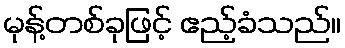
မုန့်တစ်ခုဖြင့် ဧည့်ခံသည်။